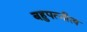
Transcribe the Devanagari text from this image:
बहुपत्‍नीत्व